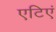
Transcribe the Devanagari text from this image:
एटिएं